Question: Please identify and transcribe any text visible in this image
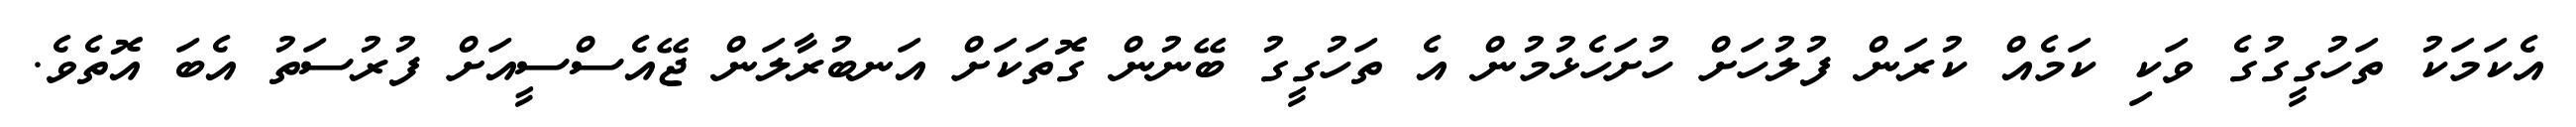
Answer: އެކަމަކު ތަހުގީގުގެ ވަކި ކަމެއް ކުރަން ފުލުހަށް ހުށަހެޅުމުން އެ ތަހުގީގު ބޭނުން ގޮތަކަށް އަނބުރާލަން ޖޭއެސްސީއަށް ފުރުސަތު އެބަ އޮތެވެ.